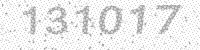
Solution: 131017